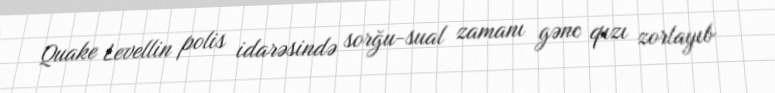
Quake Levellin polis idarəsində sorğu-sual zamanı gənc qızı zorlayıb